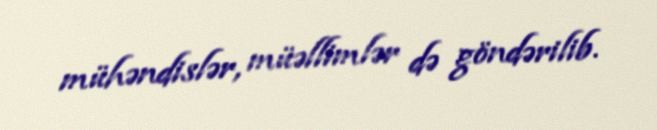
mühəndislər, müəllimlər də göndərilib.